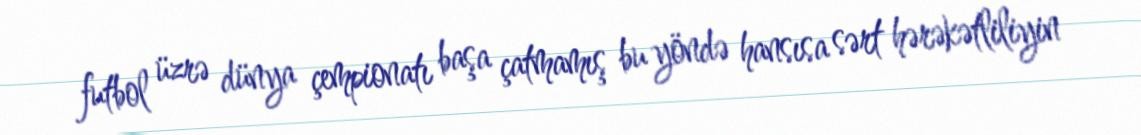
futbol üzrə dünya çempionatı başa çatmamış bu yöndə hansısa sərt hərəkətliliyin